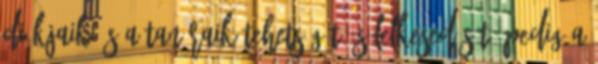
diákjaik és a tanáraik tehetségét és lelkesedését. Pedig a